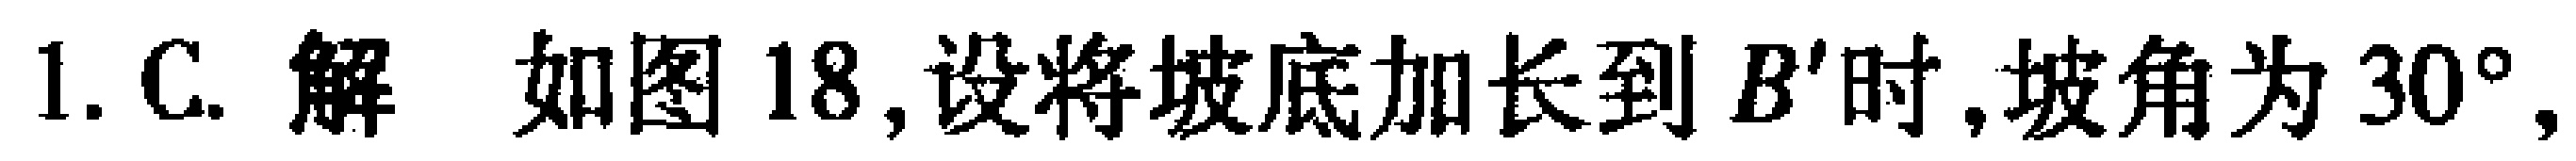
1. C. 解 如图18,设将坡底加长到 \(B'\)时,坡角为 \(30^{\circ}\),